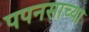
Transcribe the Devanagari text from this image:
पपनसाच्या